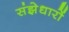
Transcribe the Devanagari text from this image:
संझेधारों